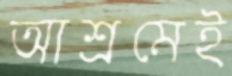
আশ্রমেই